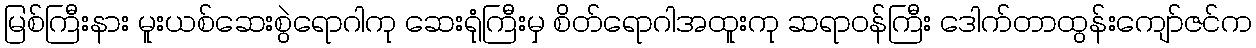
မြစ်ကြီးနား မူးယစ်ဆေးစွဲရောဂါကု ဆေးရုံကြီးမှ စိတ်ရောဂါအထူးကု ဆရာဝန်ကြီး ဒေါက်တာထွန်းကျော်ဇင်က